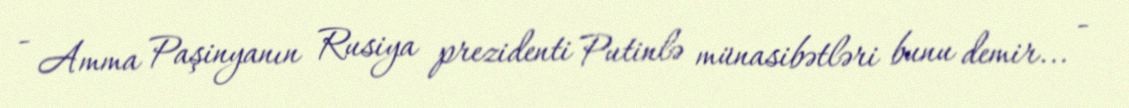
- Amma Paşinyanın Rusiya prezidenti Putinlə münasibətləri bunu demir... -